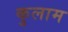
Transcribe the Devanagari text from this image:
कुलाम